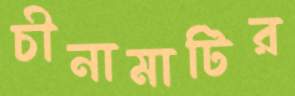
চীনামাটির